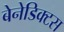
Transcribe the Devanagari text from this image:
बेनेडिक्टस